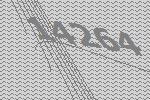
14264